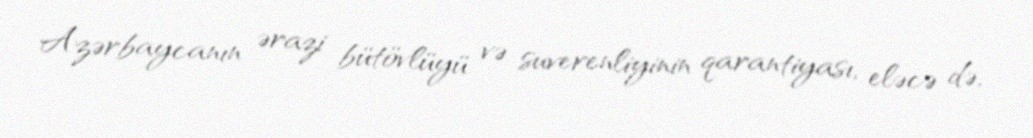
Azərbaycanın ərazi bütövlüyü və suverenliyinin qarantiyası, eləcə də,